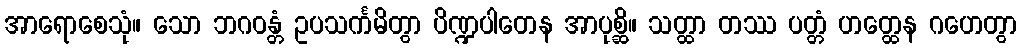
အာရောစေသုံ။ သော ဘဂဝန္တံ ဥပသင်္ကမိတွာ ပိဏ္ဍပါတေန အာပုစ္ဆိ။ သတ္ထာ တဿ ပတ္တံ ဟတ္ထေန ဂဟေတွာ